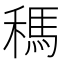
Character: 𥡗